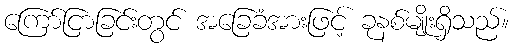
ကြော်ငြာခြင်းတွင် အခြေခံအားဖြင့် ခုနစ်မျိုးရှိသည်။